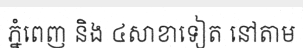
ភ្នំពេញ និង ៤សាខាទៀត នៅតាម